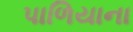
પાળિયાના